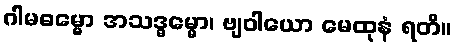
ဂါမဓမ္မော အသဒ္ဓမ္မော၊ ဗျဝါယော မေထုနံ ရတိ။